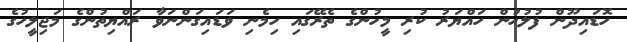
ހޮޑައިދޫން ފުލުހުން ހައްޔަރު ކުރި މީހުންގެ ތެރޭގައި ހިމެނި ވަޑައިގަންނަވާ ރައްޔިތުންގެ މަޖިލީހުގެ